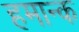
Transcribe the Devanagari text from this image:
हमान्क